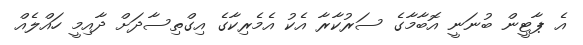
އެ ޕާޓީން ބުނަނީ އޮބާމާގެ ސަރުކާރާ އެކު އެމެރިކާގެ އިގްތިސާދަށް ދާއިމީ ހައްލެއް